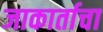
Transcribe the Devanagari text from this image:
जाकार्ताचा